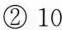
②10